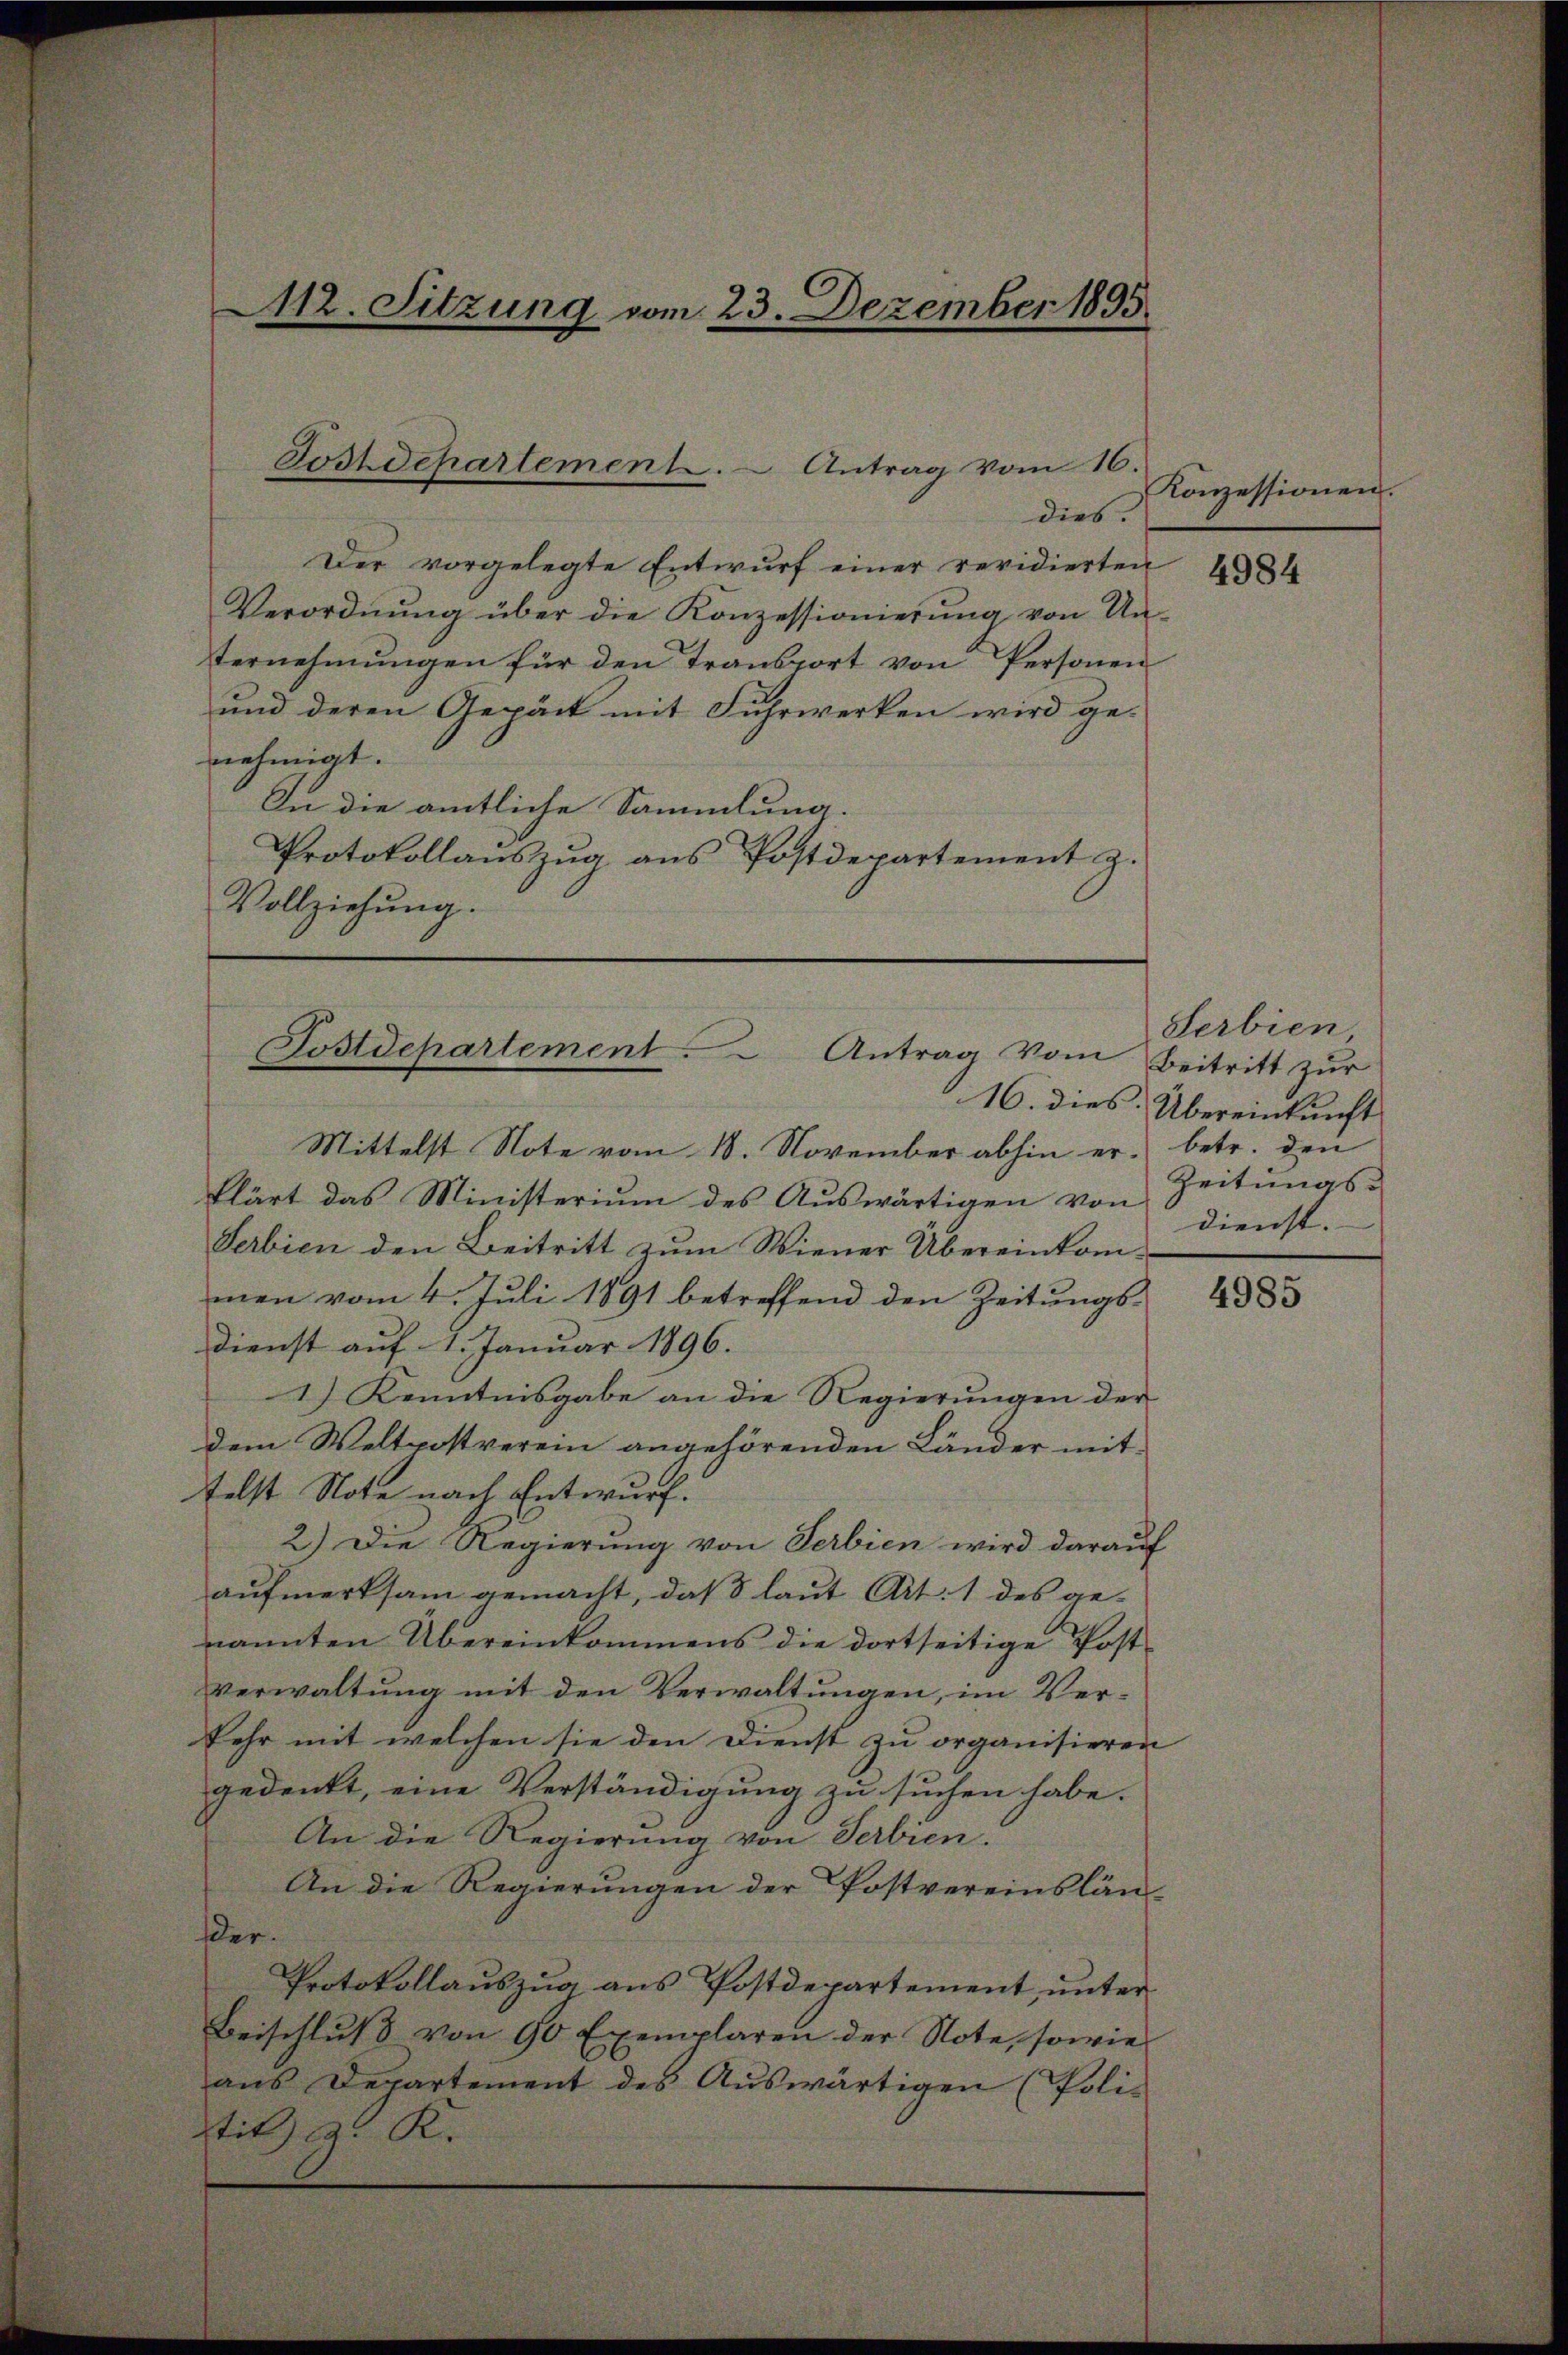
112. Sitzung vom 23. Dezember 1895.

Postdepartement.  Antrag vom 16.

dies.
Der vorgelegte Entwurf einer revidierten
Verordnŭng über die Konzessionierŭng von Un-
ternehmungen für den Transport von Personen
und deren Gepäck mit Fuhrwerken wird ge-
nehmigt.
In die amtliche Sammlung.
Protokollauszug aus Postdepartement z.
Vollziehung.

Postdepartement. Antrag vom

Mittelst Note vom 18. November abhin er-
klärt das Ministerium des Auswärtigen von
Serbien den Beitritt zum Wiener Übereinkom-
men vom 4. Juli 1891 betreffend den Zeitungs-
Dienst auf 1. Januar 1896.
1.) Kenntnisgabe an die Regierungen der
dem Weltpostverein angehörenden Länder mitfelst Note nach Entwurf.
2.) Die Regierung von Serbien wird darauf
aufmerksam gemacht, daß laut Art. 1 des ge-
nannten Übereinkommens die dortseitige Post-
verwaltung mit den Verwaltungen, im Verkehr mit welchen sie den Dienst zu organisieren
gedenkt, eine Verständigung zu suchen habe.
An die Regierung von Serbien.
An die Regierungen der Postvereinslän-
der.
Protokollauszug aus Postdepartement, unter¬
Beischluß von 90 Exemplaren der Note, sowie
ans Departement des Aŭswärtigen (Poli-
Stil a. K.

Konzessionen.

4984

Serbien
Beitritt zur
16. dies Übereinkunft
betr. den
Zeitungs-
dienst.

4985